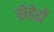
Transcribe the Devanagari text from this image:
सेहेरों